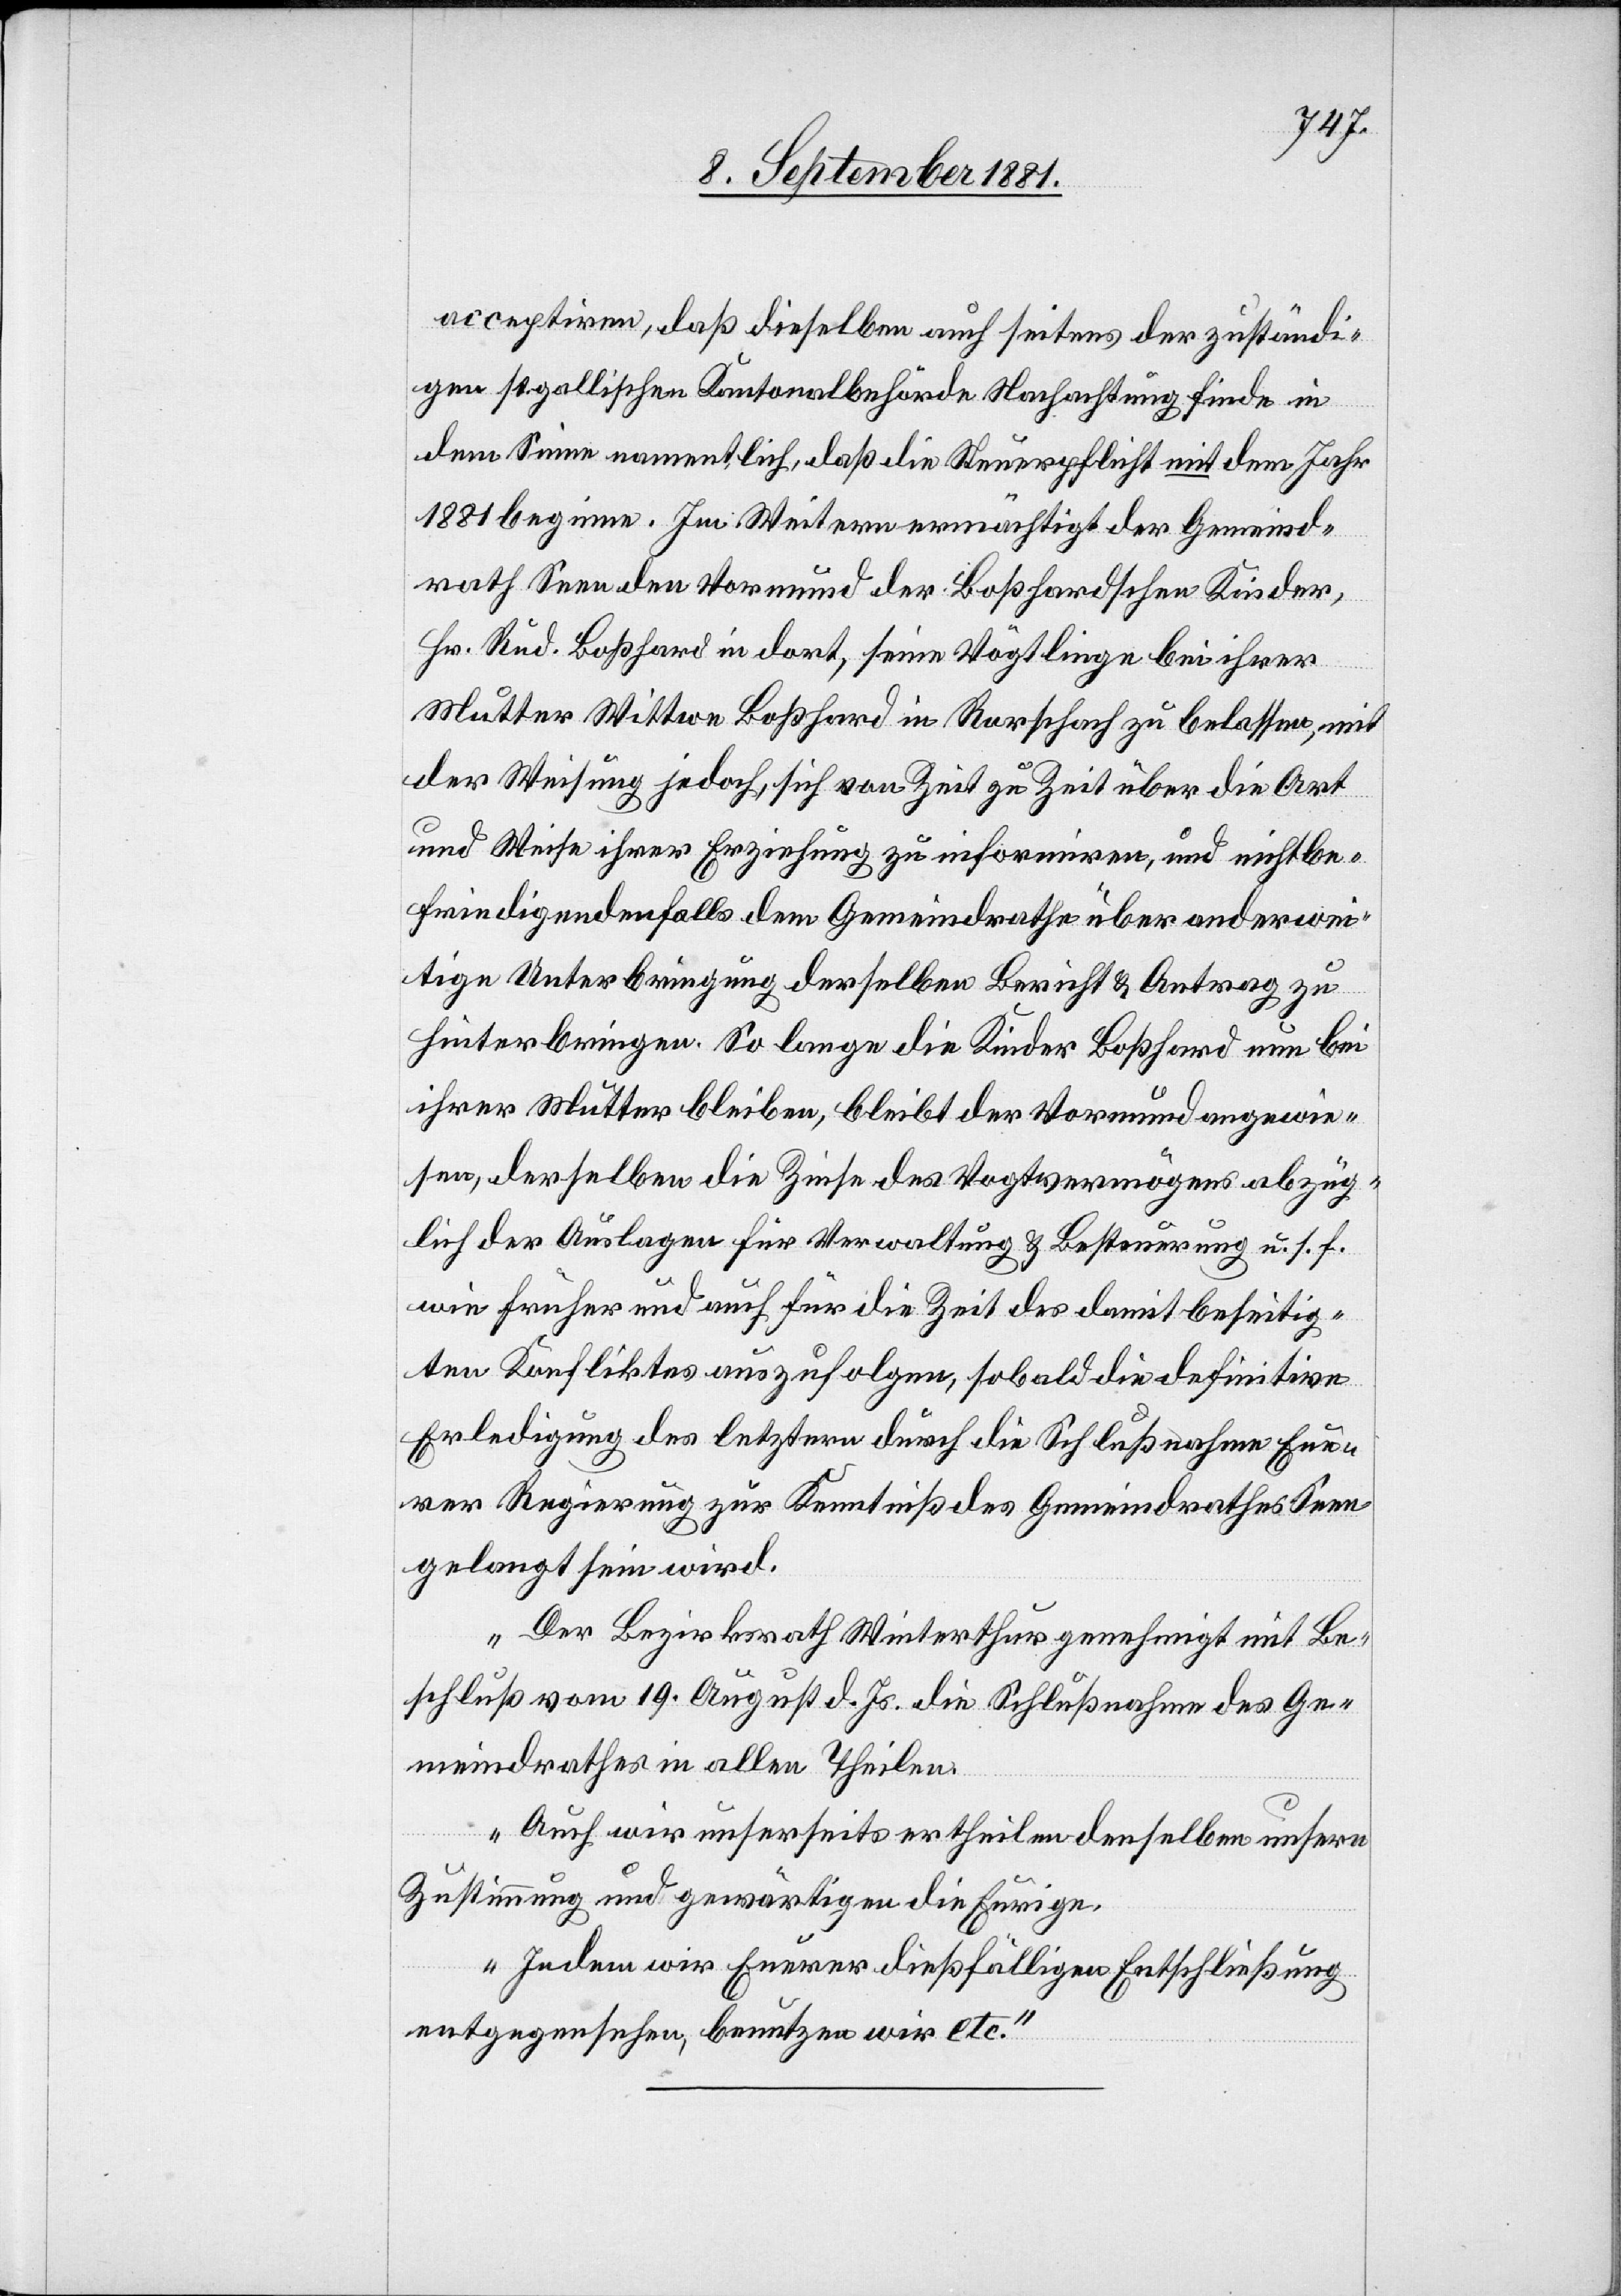
accepriten, daß dieselben auch seitens der zuständi¬
gen st. gallischen Kantonalbehörden Nachachtung finde in
dem Sinne namentlich, daß die Steuerpflicht mit dem Jahr
1881 beginne. Im Weitern ermächtigt der Gemeind¬
rath Seen den Vormund der Boßhardschen Kinder,
Hr. Rud. Boßhard in dort, seine Vögtlinge bei ihrer
Mutter Wittwe Boßhard in Rorschach zu belassen, mit
der Weisung jedoch, sich von Zeit zu Zeit über die Art
und Weise ihrer Erziehung zu informiren, und nichtbe¬
friedigendenfalls dem Gemeindrathe über anderwei¬
tige Unterbringung derselben Bericht & Antrag zu
hinterbringen. So lange die Kinder Boßhard nun bei
ihrer Mutter bleiben, bleibt der Vormund angewie¬
sen, derselben die Zinse des Vogtvermögens abzüg¬
lich der Auslagen für Verwaltung & Besteuerung u. s. f.
wie früher und auch für die Zeit des damit beseitig¬
ten Konfliktes aufzufolgen, sobald die definitive
Erledigung des letztern durch die Schlußnahme Eue¬
rer Regierung zur Kenntniß des Gemeindrathes Seen
gelangt sein wird.
Der Bezirksrath Winterthur genehmigt mit Be¬
schluß vom 19. August d. Js. die Schlußnahme des Ge¬
meindrathes in allen Theilen.
Auch wir unsererseits ertheilen denselben unsere
Zustimmung und gewärtigen die Eurige.
Indem wir Euerer dießfälligen Entschließung
entgegensehen, benutzen wir etc.“